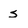
Character: s